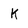
Character: K